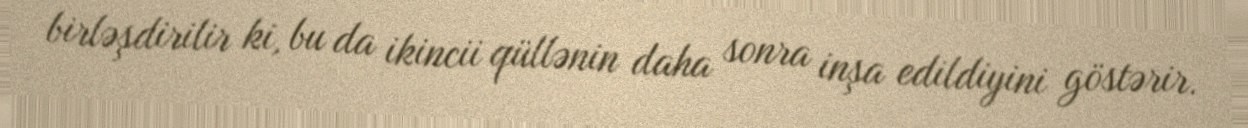
birləşdirilir ki, bu da ikincii qüllənin daha sonra inşa edildiyini göstərir.